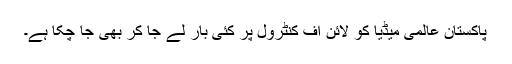
پاکستان عالمی میڈیا کو لائن آف کنٹرول پر کئی بار لے جا کر بھی جا چکا ہے۔